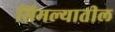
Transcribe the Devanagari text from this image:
सिमल्यातील